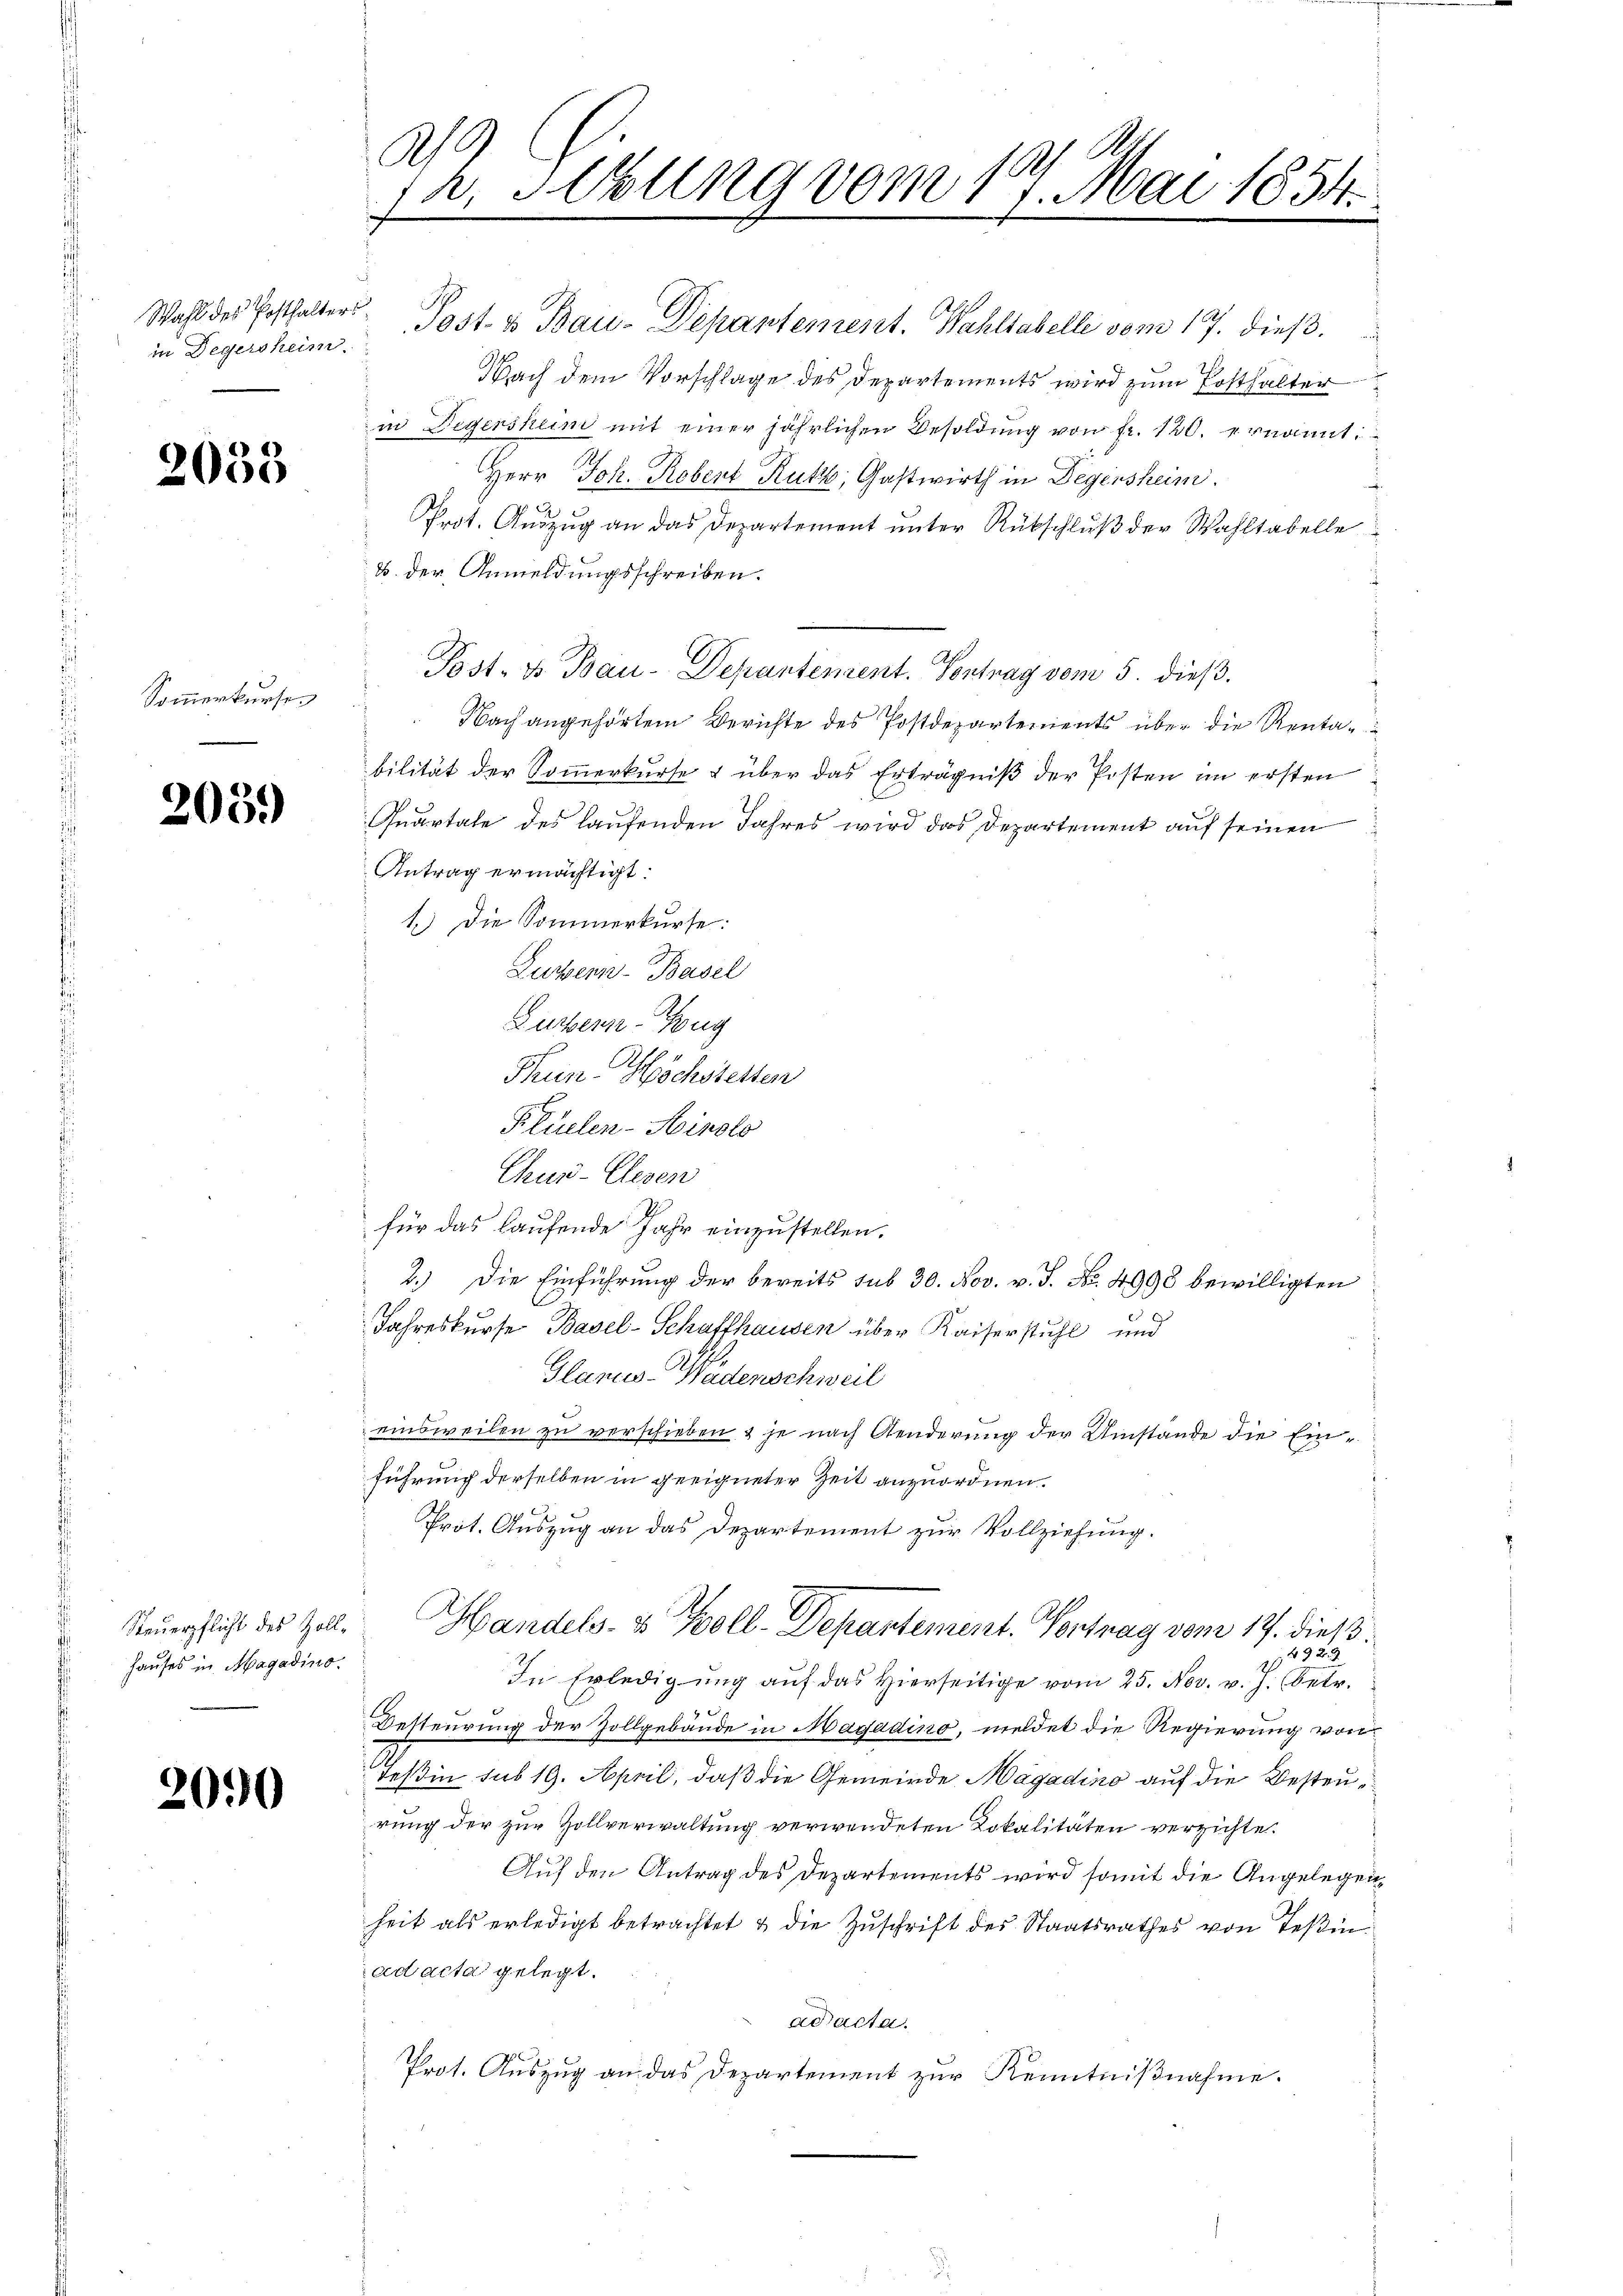
in Degersheim.

2033

Sommerkurse.

2059

Hauses in Magadino.

2090

A.
1
a. Hebung vom 1. Mai 1854.

Wahl des Posthalter Post- u Bau-Departement. Wahlsabelle vom 17. dieß.
Nach dem Vorschlage des Departements wird zum Posthalter
in Degersheim mit einer jährlichen Besoldung von fr. 120. ernannt:
Herr Joh. Robert Rutz, Gastwirth in Degensheim.
N 2
Prot. Auszug an das Departement unter Rückschluß der Wahltabelle
B. der Anmeldungsschreiben.
Post- & Bau-Depantenzent. Vontrag vom 5. dieß.
Nach angehörtem Berichte des Postdepartements über die Rentabilität der Sommerkurse & über das Erträgniβ der Posten im ersten
Quartale des laufenden Jahres wird das Departement auf seinen
Antrag ermächtigt.
1.) Die Sommerkurse:
Luxen-Basel
Zuchtern-Zug
uin-Höchstetten
Klüelen-Hinolo
Chus-Elesen
für das laufende Jahr einzustellen.
2.) Die Einführung der bereits sub 30. Nov. v. J. No. 4990 bewilligten
Jahreskurse Basel-Schaffhausen über Kaiserstuhl und
f
Glarus-Wädenschweil
einsweilen zu verschieben & je nach Aenderung der Umstände die Einführung derselben in geeigneter Zeit anzuordnen.
Prot. Auszug an das Departement zur Vollziehung.
Kuerpflicht des Zell. Handels- & Zoll-Departement. Vontrag vom 17. dieß
1 1323
In Erledigung auf das Hierseitige vom 25. Nov. v. J. (betr.
Besteurung der Zollgebäude in Nagadino, meldet die Regierung von
deßin sub 19. April, daß die Gemeinde Magadino auf die Besteurung der zur Zollverwaltung verwendeten Lokalitäten verzichte.
Auf den Antrag des Departements wird somit die Angelegenheit als erledigt betrachtet & die Zuschrift des Staatsrathes von Teßin
ad acta gelegt.
ad acta.
Prot. Aŭszŭg an das Departement zur Kenntniβnahme.